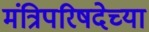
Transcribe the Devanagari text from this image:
मंत्रिपरिषदेच्या